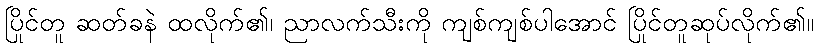
ပြိုင်တူ ဆတ်ခနဲ ထလိုက်၏၊ ညာလက်သီးကို ကျစ်ကျစ်ပါအောင် ပြိုင်တူဆုပ်လိုက်၏။